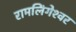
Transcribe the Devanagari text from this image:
रामलिंगेश्‍वर